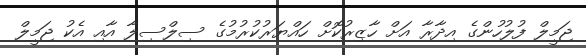
ޖަމީލް ފުލުހުންގެ އިދާރާ އަށް ހާޒިރުކޮށް ހައްޔަރުކުރުމުގެ ސިލްސިލާ އާއި އެކު ޖަމީލް